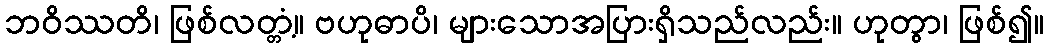
ဘဝိဿတိ၊ ဖြစ်လတ္တံ့။ ဗဟုဓာပိ၊ များသောအပြားရှိသည်လည်း။ ဟုတွာ၊ ဖြစ်၍။